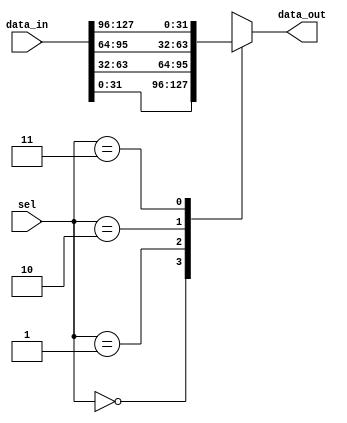

module aipParametricMux
#(
    parameter DATAWIDTH = 32,
    parameter SELBITS = 2
)
(
    data_in,
    sel,
    data_out
);

    input [((2**SELBITS)*DATAWIDTH)-1:0] data_in;
    input [SELBITS-1:0] sel;
    output [DATAWIDTH-1:0] data_out;

    wire [DATAWIDTH-1:0] data_mux [0:((2**SELBITS)-1)];

    genvar index;
    generate
        for (index = 0; index < (2**SELBITS); index = index + 1) begin : MUX
            assign data_mux[index][DATAWIDTH-1:0] = data_in[(DATAWIDTH*index)+(DATAWIDTH-1):DATAWIDTH*index];
        end
    endgenerate

    assign data_out = data_mux[sel];

endmodule